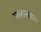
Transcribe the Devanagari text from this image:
सलातलाय